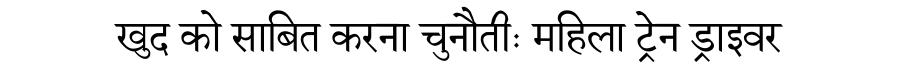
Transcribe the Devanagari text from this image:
खुद को साबित करना चुनौतीः महिला ट्रेन ड्राइवर